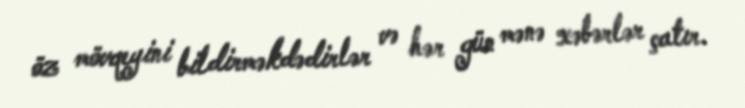
öz mövqeyini bildirməkdədirlər və hər gün mənə xəbərlər çatır.